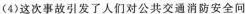
(4)这次事故引发了人们对公共交通消防安全问